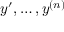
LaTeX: y ^ { \prime } , \ldots , y ^ { ( n ) }